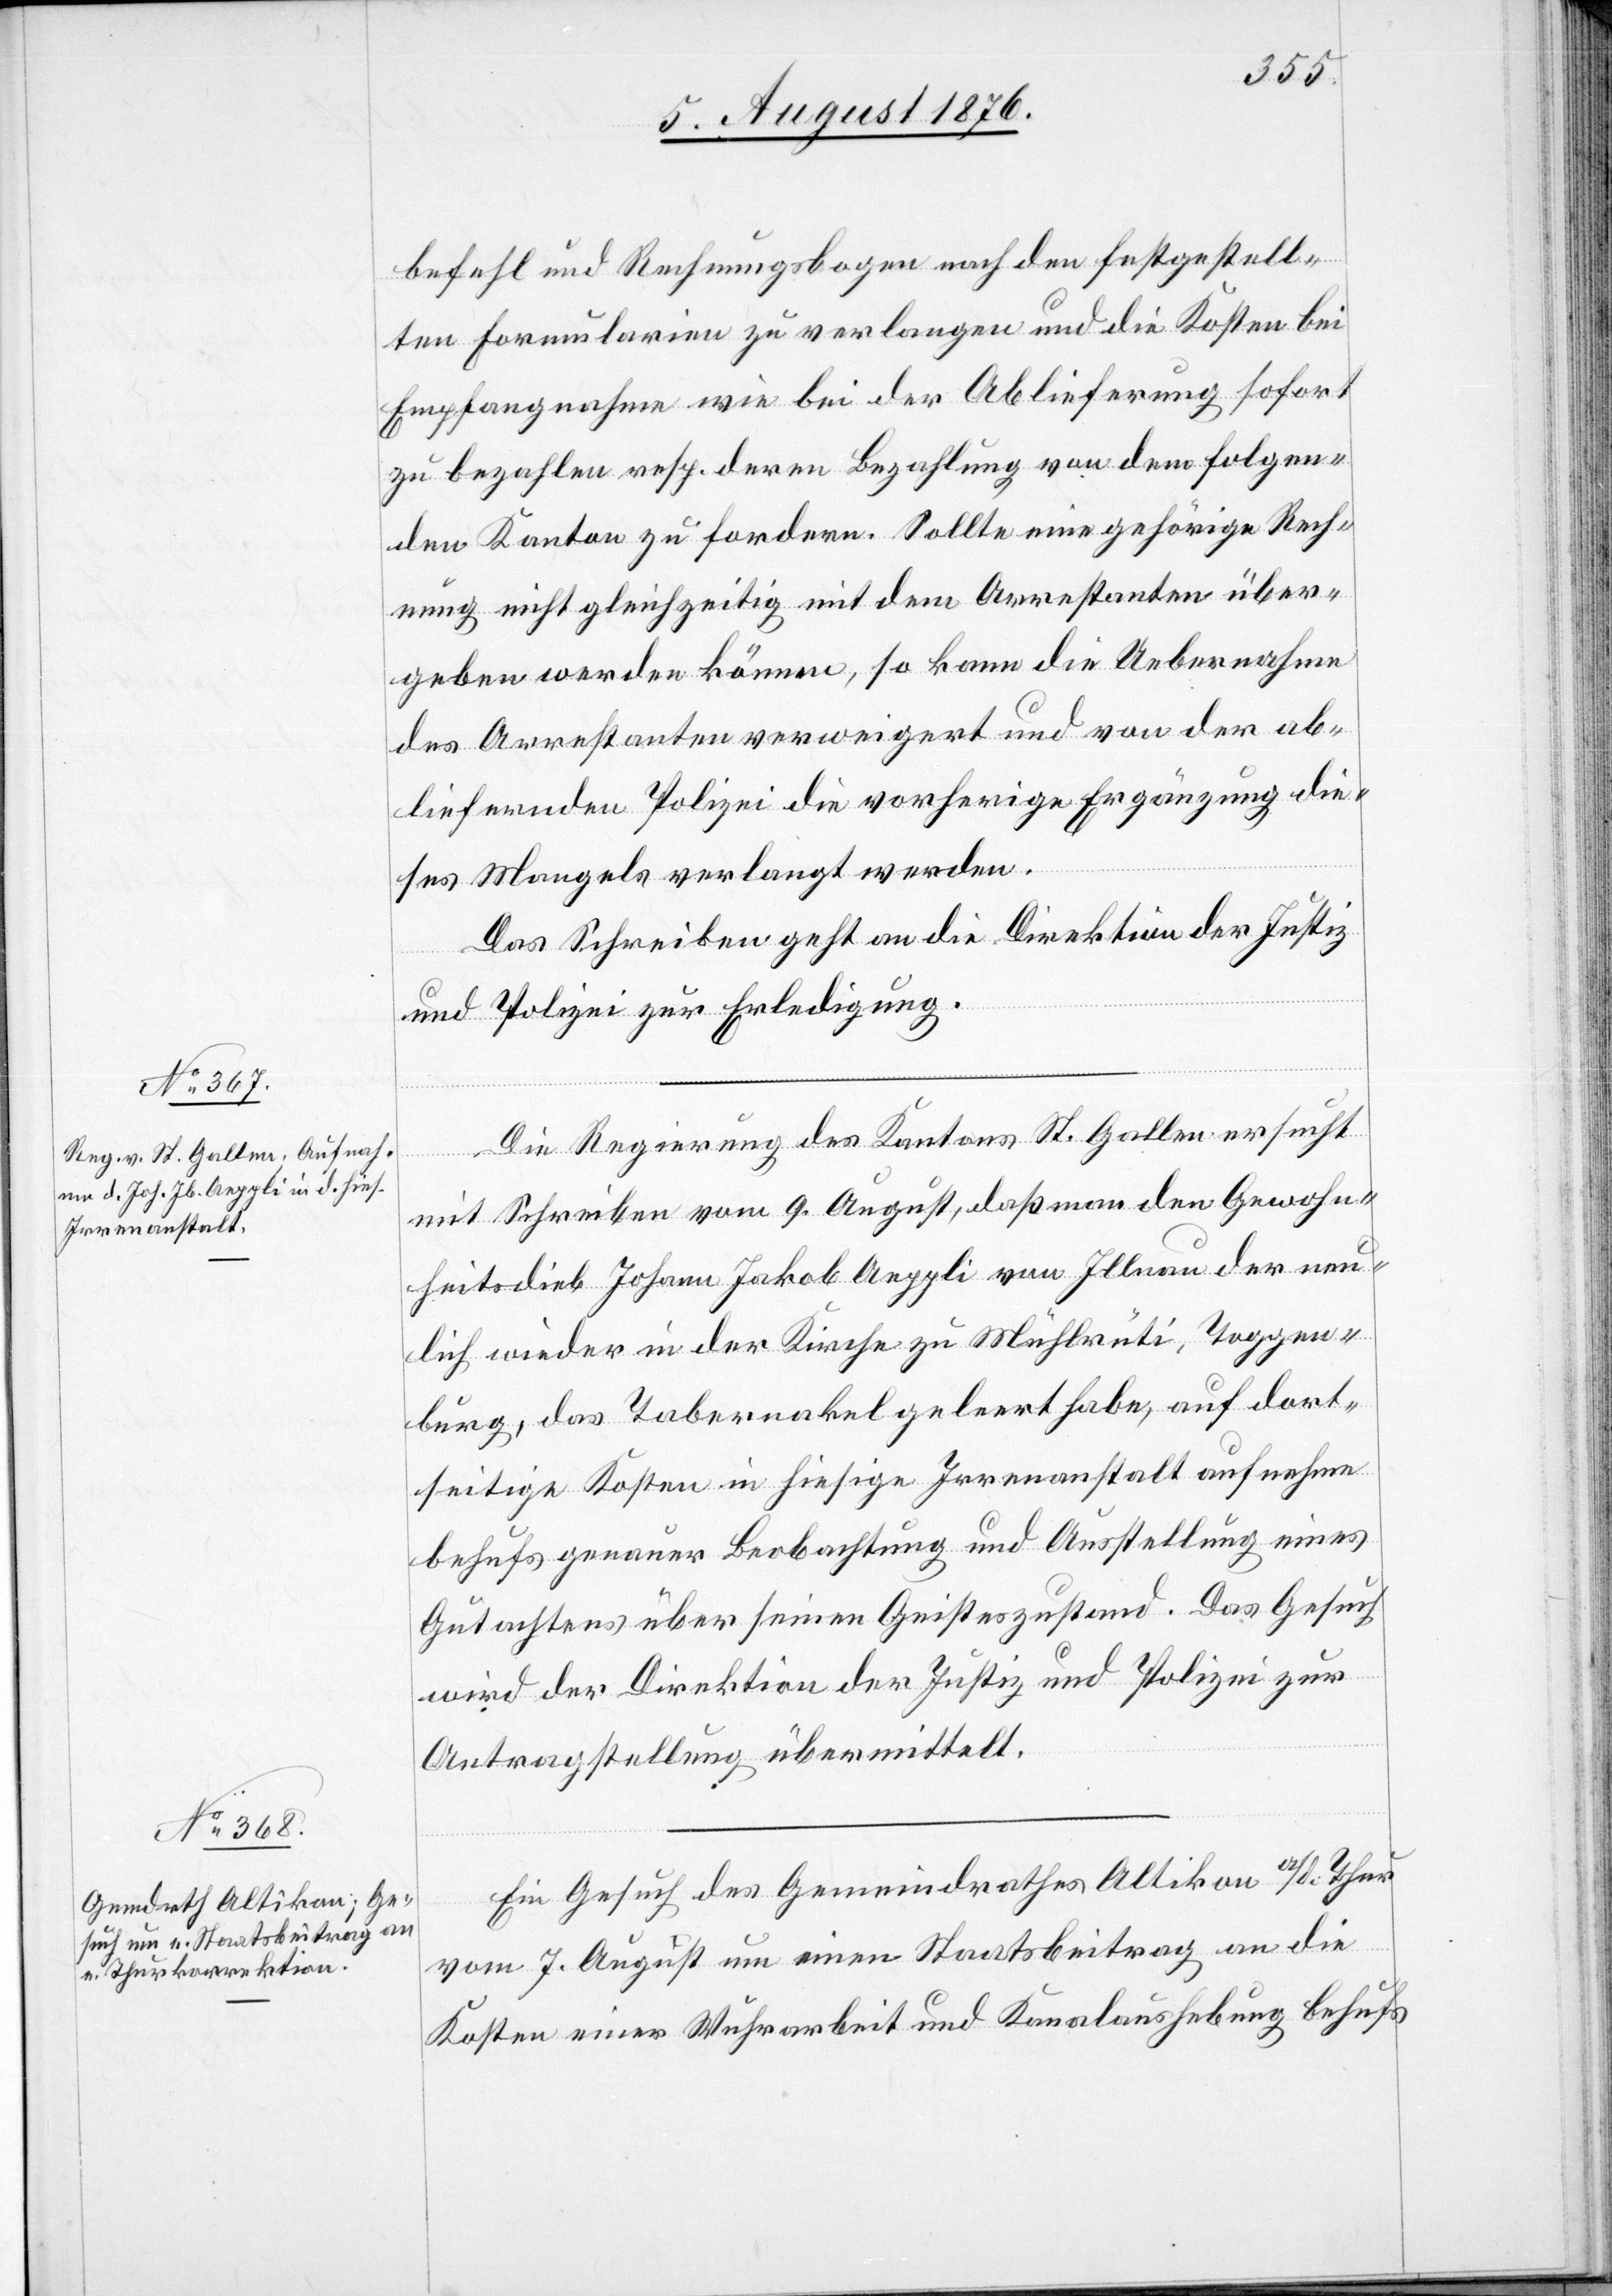
11. August 1876.]
befehl und Rechnungsbogen nach den festgestell¬
ten Formularien zu verlangen und die Kosten bei
Empfangnahme wie bei der Ablieferung sofort
zu bezahlen resp. deren Bezahlung von dem folgen¬
den Kanton zu fordern. Sollte eine gehörige Rech¬
nung nicht gleichzeitig mit dem Arrestanten über¬
geben werden können, so kann die Uebernahme
des Arrestanten verweigert und von der ab¬
liefernden Polizei die vorherige Ergänzung die¬
ses Mangels verlangt werden.
Das Schreiben geht an die Direktion der Justiz
und Polizei zur Erledigung.
Die Regierung des Kantons St. Gallen ersucht
mit Schreiben vom 9. August, daß man den Gewohn¬
heitsdieb Johann Jakob Aeppli von Illnau der neu¬
lich wieder in der Kirche zu Mühlrüti, Toggen¬
burg, das Tabernakel geleert habe, auf dort¬
seitige Kosten in hiesige Irrenanstalt aufnehme
behufs genauer Beobachtung und Ausstellung eines
Gutachtens über seinen Geisteszustand. Das Gesuch
wird der Direktion der Justiz und Polizei zur
Antragstellung übermittelt.
Ein Gesuch des Gemeindrathes Altikon a/d. Thur
vom 7. August um einen Staatsbeitrag an die
Kosten einer Wuhrarbeit und Kanalaushebung behufs